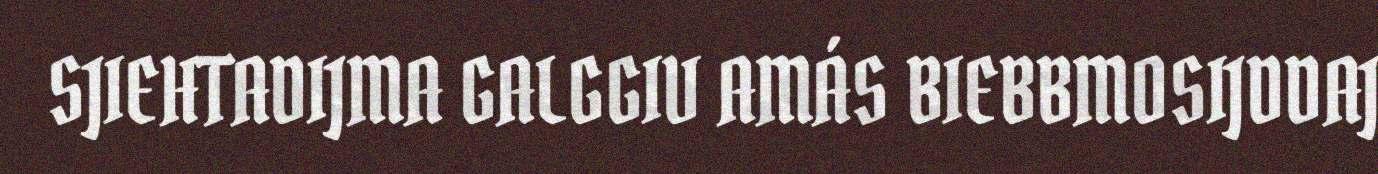
SJIEHTADIJMA GALGGIV AMÁS BIEBBMOSIJDDAJ